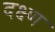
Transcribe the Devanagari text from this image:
दक्ष्ण